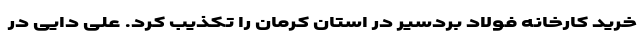
خرید کارخانه فولاد بردسیر در استان کرمان را تکذیب کرد. علی دایی در